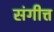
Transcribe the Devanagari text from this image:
संगीत्त